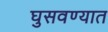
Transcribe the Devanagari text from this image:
घुसवण्यात